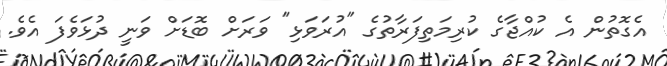
އެގޮތުން އެ ކުއްޖާގެ ކުރިމަތިފަރާތުގެ "އުރަވަޅި" ވަރަށް ބޮޑަށް ވަނީ ދުޅަވެފަ އެވެ.